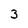
Character: 3